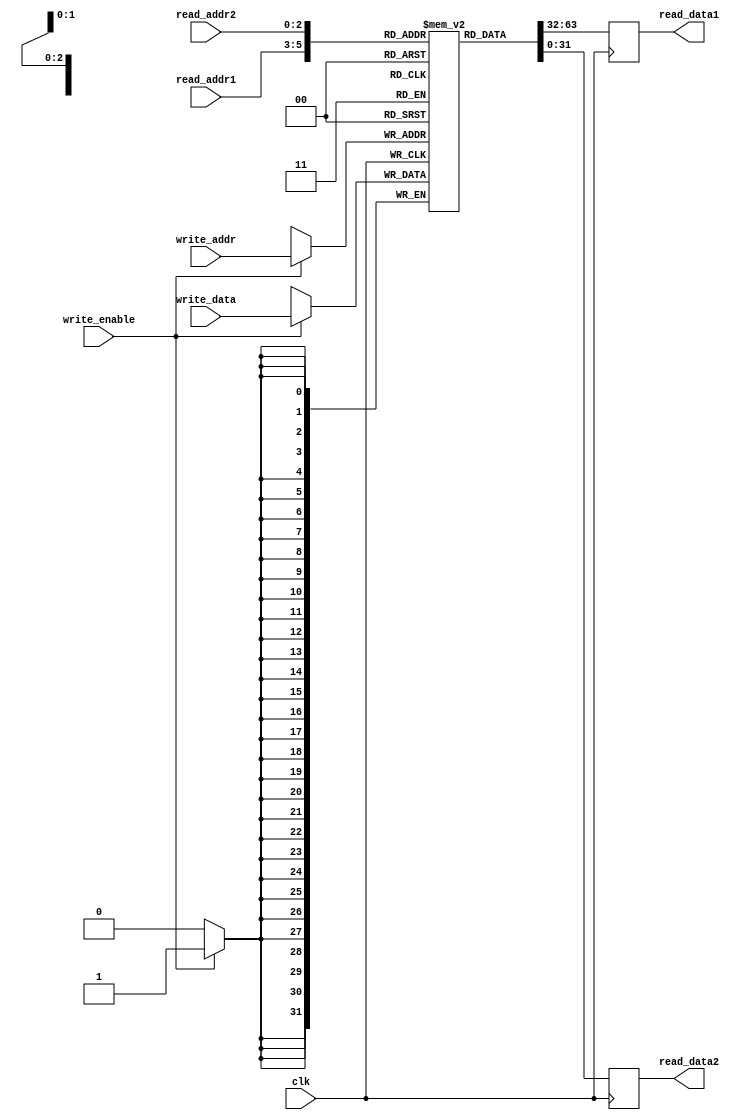
module register_file (
    input wire clk,
    input wire [2:0] read_addr1,
    input wire [2:0] read_addr2,
    input wire [2:0] write_addr,
    input wire write_enable,
    input wire [31:0] write_data,
    output reg [31:0] read_data1,
    output reg [31:0] read_data2
);

reg [31:0] registers [7:0];

always @(posedge clk) begin
    if (write_enable) begin
        registers[write_addr] <= write_data;
    end
    read_data1 <= registers[read_addr1];
    read_data2 <= registers[read_addr2];
end

endmodule